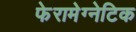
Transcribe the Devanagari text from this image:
फेरामेग्नेटिक